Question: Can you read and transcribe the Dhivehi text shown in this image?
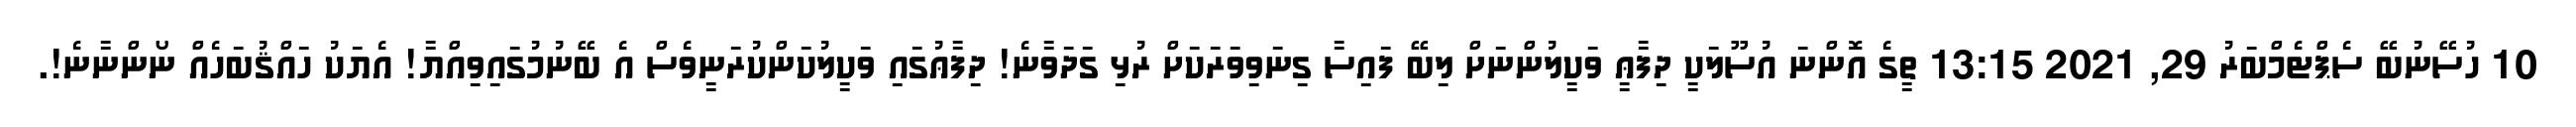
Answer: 10 ހުސޭނުބޭ ސެޕްޓެމްބަރު 29, 2021 13:15 ތީގެ އޮންނަ އުސޫލަކީ ދިފާޢީ ވަކީލުންނަށް ލިބޭ ފައިސާ ގިނަވިވަރަކަށް ރުޅި ގަދަވާނެ! ދިފާޢުގައި ވަކީލުކަންކުރަނީވެސް އެ ބޭނުމުގައިވިއްޔާ! އެޔަކު ހައްޤުބަހެއް ނޯންނާނެ!.